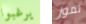
يرغبوا تموز